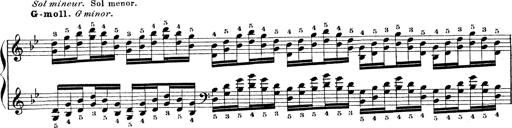
Title: Technische Studien
Composer: Franz Liszt